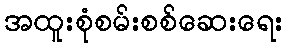
အထူးစုံစမ်းစစ်ဆေးရေး